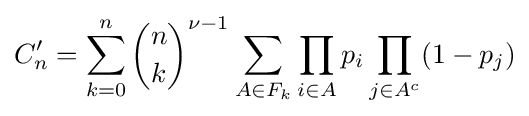
C_{n}'=\sum _{k=0}^{n}{\binom {n}{k}}^{\nu -1}\sum _{A\in F_{k}}\prod _{i\in A}p_{i}\prod _{j\in A^{c}}(1-p_{j})